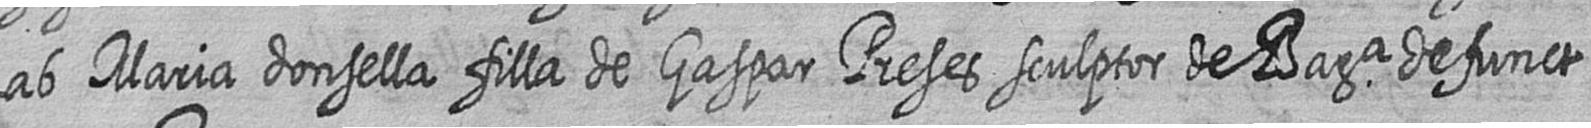
ab Maria donsella filla de Gaspar Preses sculptor de Bara defunct